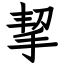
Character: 挈